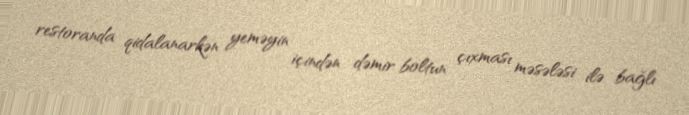
restoranda qidalanarkən yeməyin içindən dəmir boltun çıxması məsələsi ilə bağlı